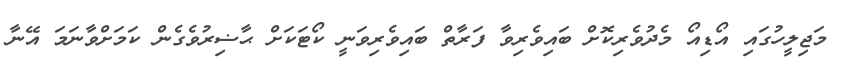
މަޖިލީހުގައި އޯޑިއޯ މެދުވެރިކޮށް ބައިވެރިވާ ފަރާތް ބައިވެރިވަނީ ކޯޓަކަށް ޙާޟިރުވެގެން ކަމަށްވާނަމަ އޭނާ